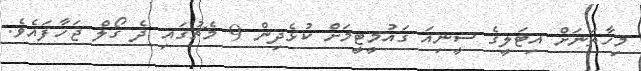
މިހާތަނަށް އިޓަލީގެ ސީނިއަ ގައުމީޓީމަށް ކުޅެދިން 9 މެޗުގައި ދެ ގޯލް ޖަހާފައެވެ.